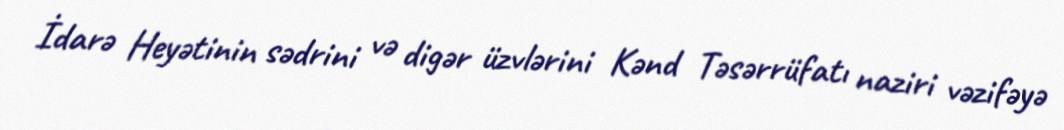
İdarə Heyətinin sədrini və digər üzvlərini Kənd Təsərrüfatı naziri vəzifəyə